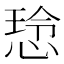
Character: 𫺡